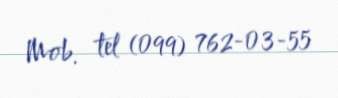
Mob. tel (099) 762-03-55